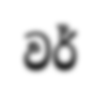
වර්